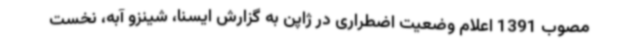
مصوب 1391 اعلام وضعیت اضطراری در ژاپن به گزارش ایسنا، شینزو آبه، نخست